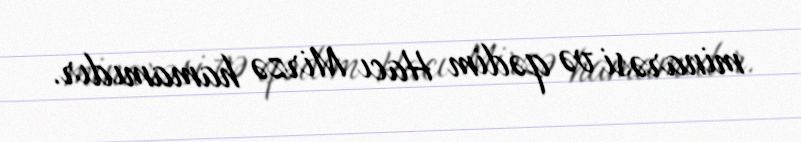
minarəsi və qədim Hacı Mirzə hamamıdır.